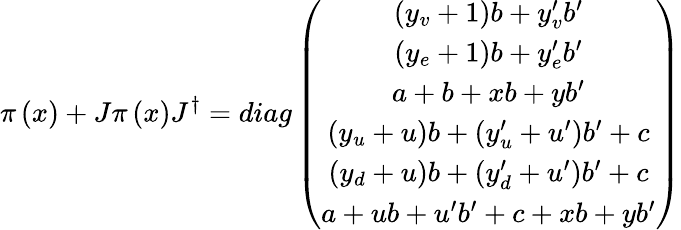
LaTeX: \pi\left(x\right)+J\pi\left(x\right)J^{\dagger}=diag\left(\begin{array}{c}{{\left(y_{v}+1\right)b+y_{v}^{\prime}b^{\prime}}}\\ {{\left(y_{e}+1\right)b+y_{e}^{\prime}b^{\prime}}}\\ {{a+b+xb+yb^{\prime}}}\\ {{\left(y_{u}+u\right)b+\left(y_{u}^{\prime}+u^{\prime}\right)b^{\prime}+c}}\\ {{\left(y_{d}+u\right)b+\left(y_{d}^{\prime}+u^{\prime}\right)b^{\prime}+c}}\\ {{a+ub+u^{\prime}b^{\prime}+c+xb+yb^{\prime}}}\end{array}\right)